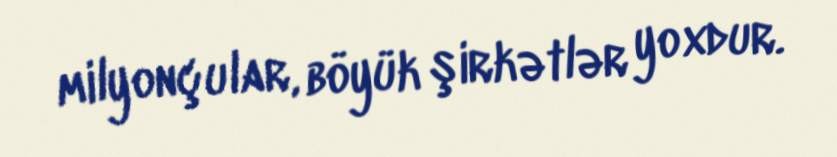
milyonçular, böyük şirkətlər yoxdur.